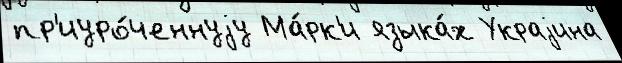
пр'иуро́ченнуjу Ма́рк'и языка́х Украjина